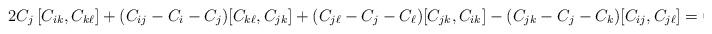
LaTeX: \begin{align*}2C_j\,[C_{ik},C_{k\ell}] +(C_{ij}-C_i-C_j)[C_{k\ell},C_{jk}] +(C_{j\ell}-C_j-C_\ell) [C_{jk},C_{ik}] -(C_{jk}-C_j-C_k)[C_{ij},C_{j\ell}] =0\,. \end{align*}